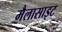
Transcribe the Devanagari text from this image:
मैलासाइट